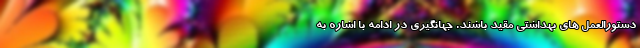
دستورالعمل های بهداشتی مقیّد باشند. جهانگیری در ادامه با اشاره به